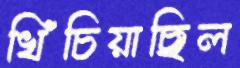
খিঁচিয়াছিল